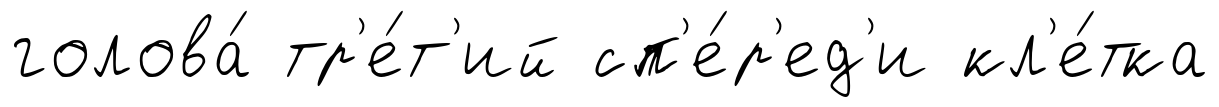
голова́ тр'е́т'ий сп'е́р'ед'и кл'е́тка